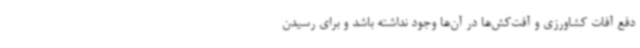
دفع آفات کشاورزی و آفت‌کش‌ها در آن‌ها وجود نداشته باشد و برای رسیدن